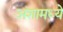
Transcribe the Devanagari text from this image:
अंशामध्ये